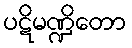
ပဋိမဏ္ဍိတော